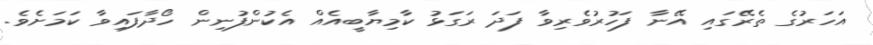
އަހަރުގެ ތެރޭގައި އޭނާ ފަހުރުވެރިވާ ފަދަ ރަގަޅު ކާމިޔާބީއެއް އެކުންފުނިން ހޯދާފައިވާ ކަމަށެވެ.